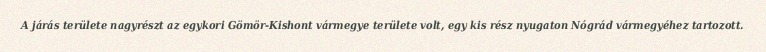
A járás területe nagyrészt az egykori Gömör-Kishont vármegye területe volt, egy kis rész nyugaton Nógrád vármegyéhez tartozott.